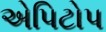
એપિટોપ